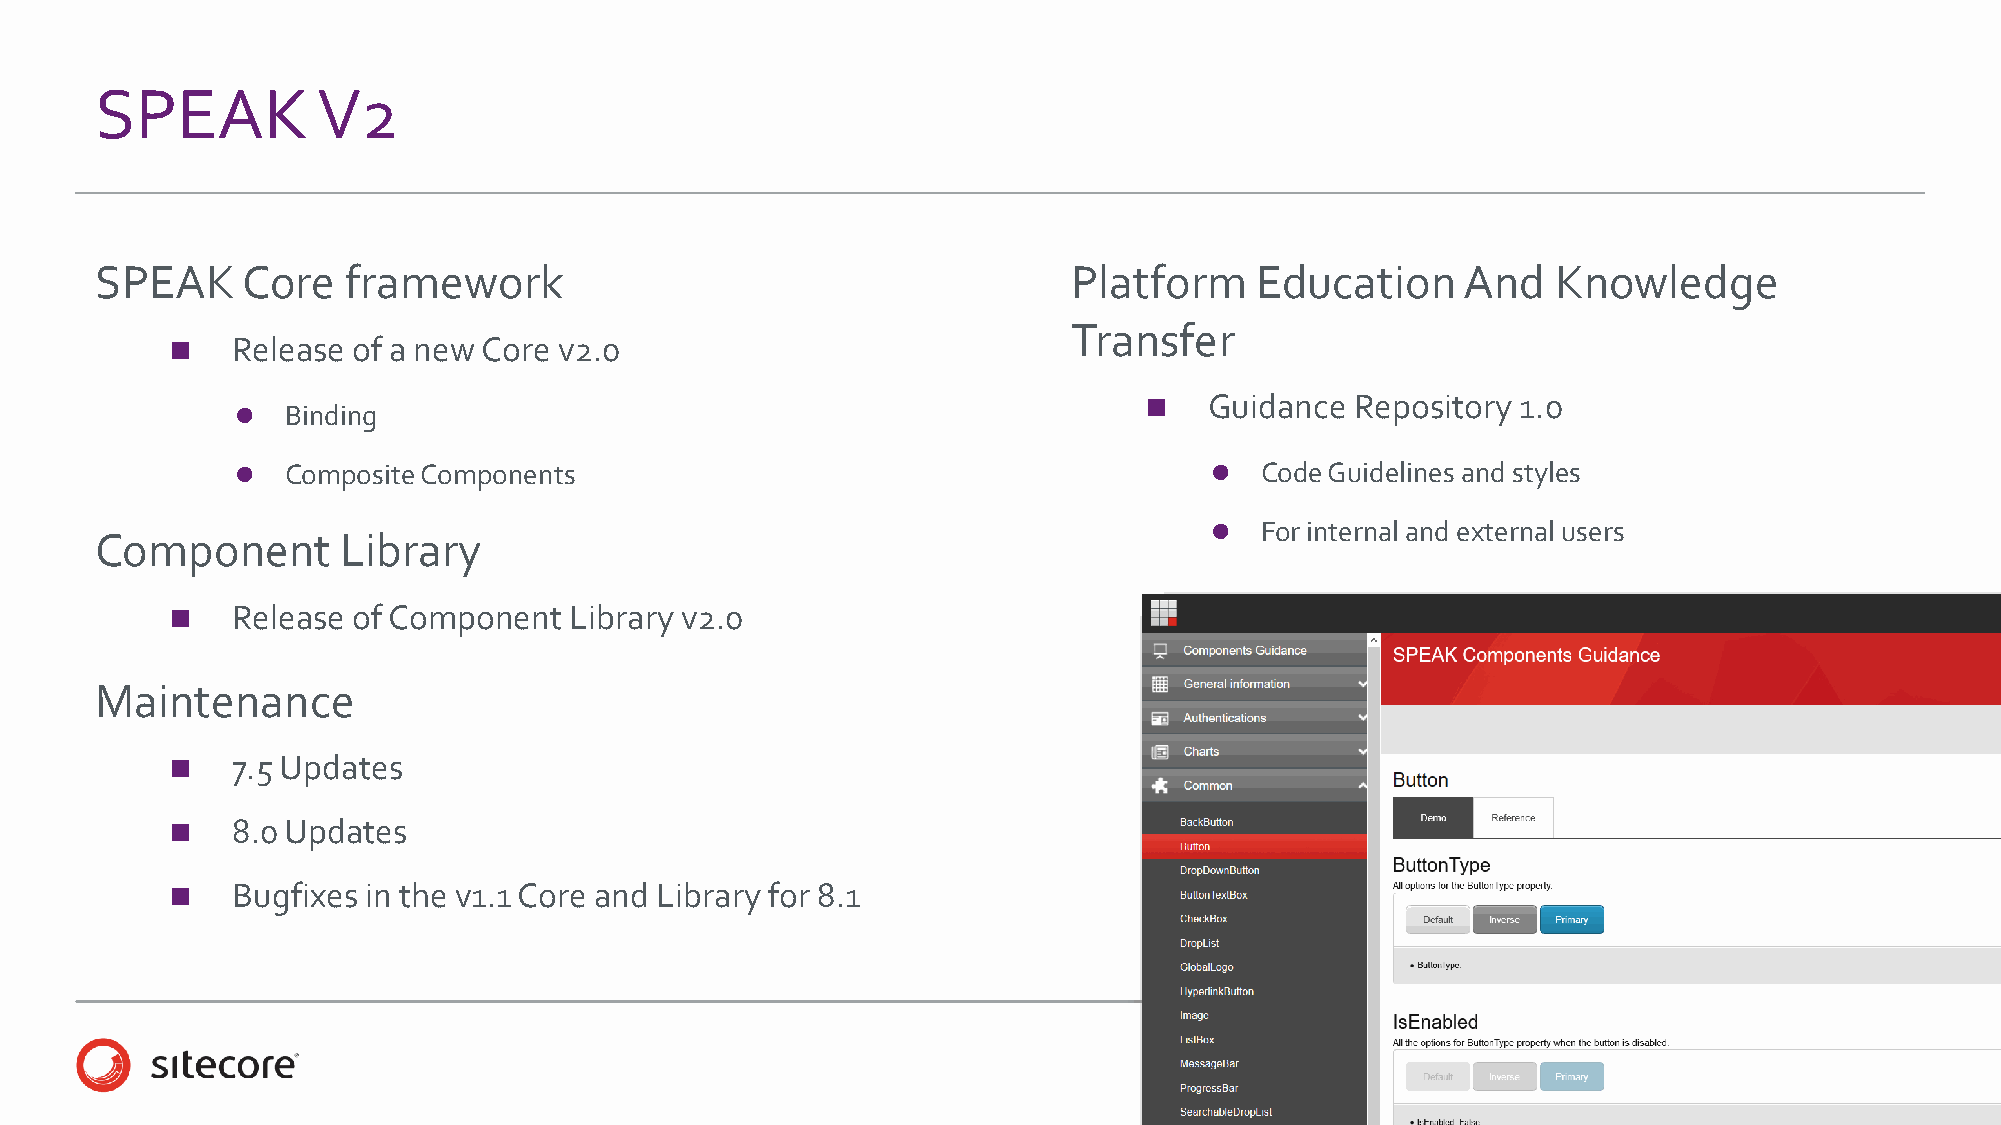
SPEAK          V2
 SPEAK     Core   framework                                       Platform    Education     And   Knowledge
 Transfer
    Release of a new Core v2.0
    Guidance  Repository 1.0
   Binding
   Composite Components                                           Code Guidelines and styles
   For internal and external users
 Component        Library
    Release of Component   Library v2.0
 Maintenance
    7.5 Updates
    8.0 Updates
    Bugfixes in the v1.1 Core and Library for 8.1
 25